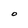
Character: O